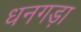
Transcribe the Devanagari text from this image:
धनगड़ा